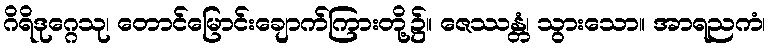
ဂိရိဒုဂ္ဂေသု၊ တောင်မြောင်းချောက်ကြားတို့၌။ ဇေဿန္တံ၊ သွားသော။ အာရညကံ၊